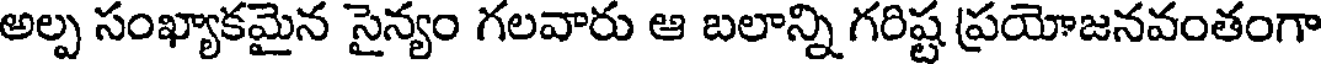
అల్ప సంఖ్యాకమైన సైన్యం గలవారు ఆ బలాన్ని గరిష్ట ప్రయోజనవంతంగా